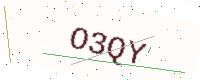
Text: O3QY